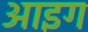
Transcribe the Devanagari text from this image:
आइग